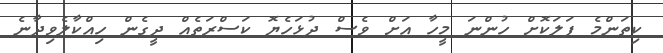
ކިތަންމެ ފަލަކޮށް ހުންނަ މީހާ އަށް ވެސް ދުޅަހެޔޮ ކަސްރަތެއް ދީގެން ހިއްކާލެވިދާނެ